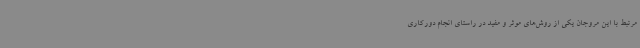
مرتبط با این مروجان یکی از روش‌های موثر و مفید در راستای انجام دورکاری